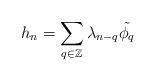
LaTeX: \begin{align*}h_n = \sum_{q\in\mathbb{Z}}^{}\lambda_{n-q}\tilde{\phi_q}\end{align*}